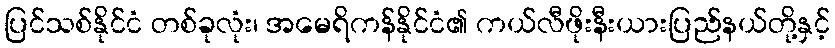
ပြင်သစ်နိုင်ငံ တစ်ခုလုံး၊ အမေရိကန်နိုင်ငံ၏ ကယ်လီဖိုးနီးယားပြည်နယ်တို့နှင့်